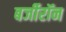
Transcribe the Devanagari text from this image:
बर्जीरॉन